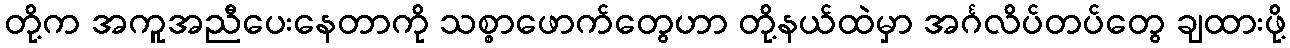
တို့က အကူအညီပေးနေတာကို သစ္စာဖောက်တွေဟာ တို့နယ်ထဲမှာ အင်္ဂလိပ်တပ်တွေ ချထားဖို့